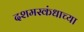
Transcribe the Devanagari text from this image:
दशमस्कंधाच्या